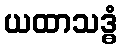
ယထာသဒ္ဓံ